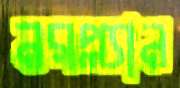
নরপ্ল্যান